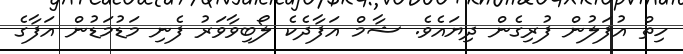
ހިތް އުފަލުން ފުރިގެން ދިޔައެވެ. ޝާމް އަފާދެކެ ލޯބިވާވަރު ފެނި މަޑުމަޑުން އަފާގެ